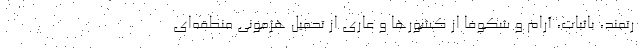
رتمند، باثبات، آرام و شکوفا از کشورها و عاری از تحمیل هژمونی منطقه‌ای